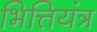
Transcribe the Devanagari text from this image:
भित्तियंत्र